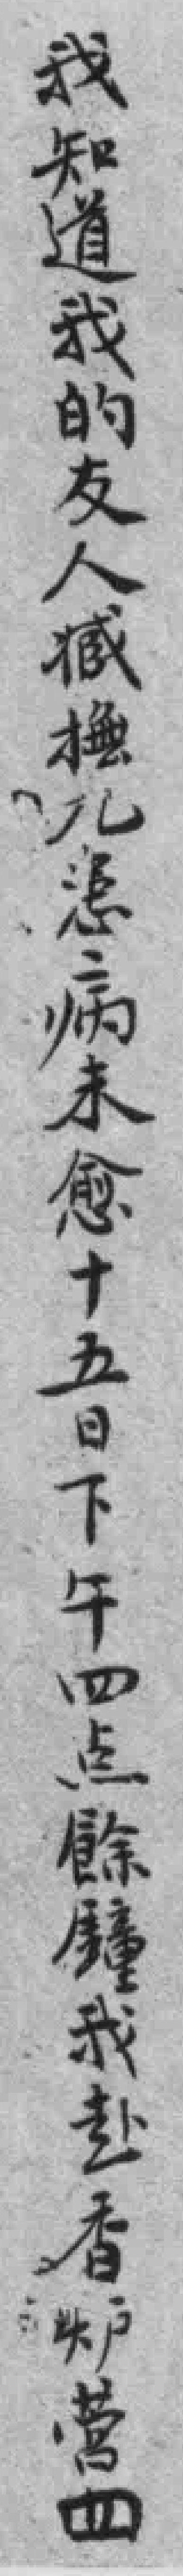
我知道我的友人臧撫几患病未愈十五日下午四点餘鐘我赴香炉营四